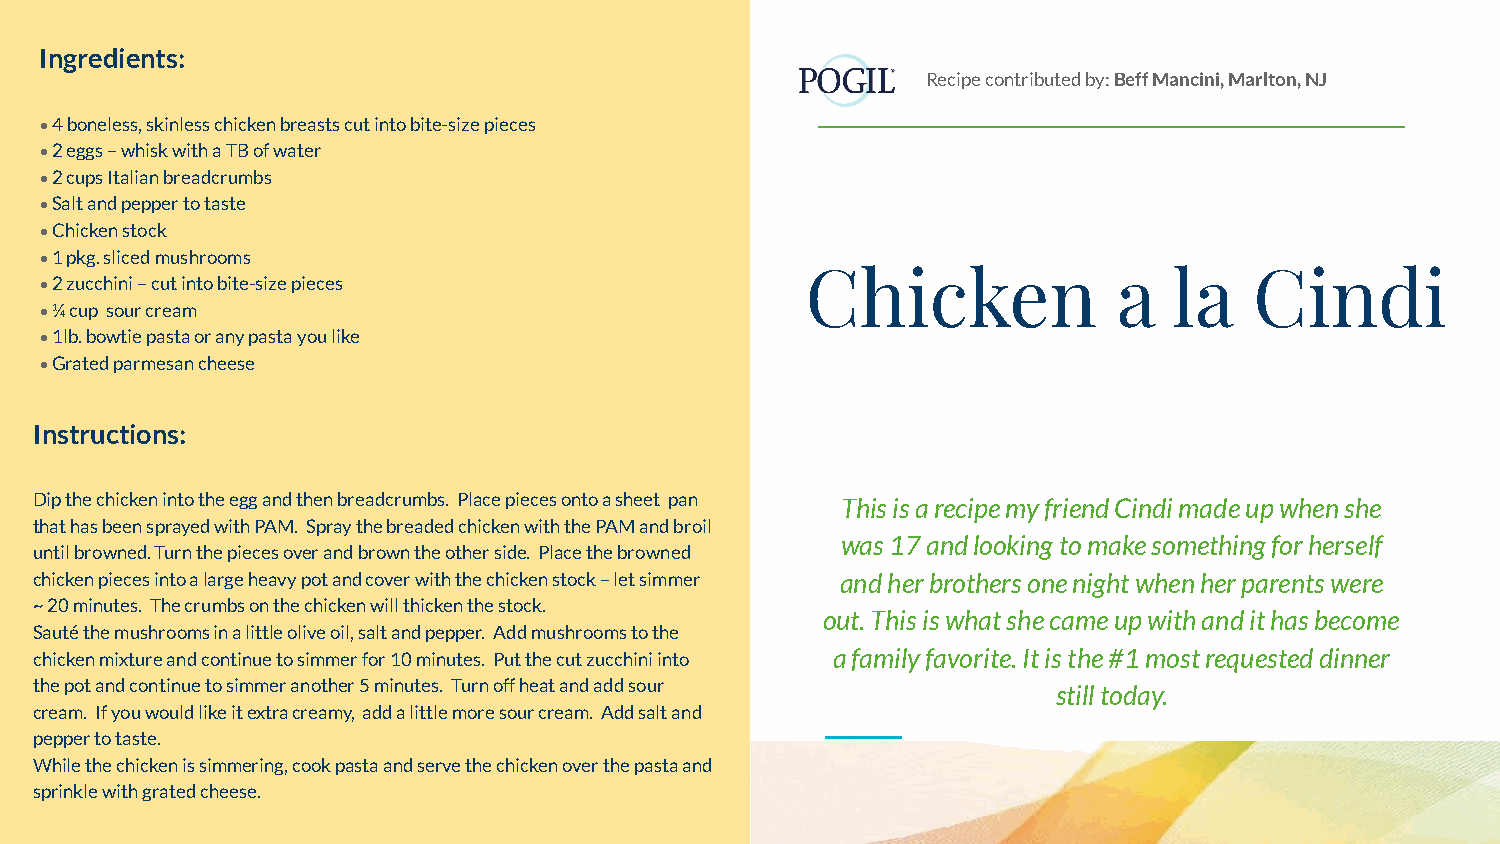
Ingredients:
 Recipe contributed by: Beff Mancini, Marlton, NJ
 • 4 boneless, skinless chicken breasts cut into bite-size pieces
 • 2 eggs – whisk with a TB of water
 • 2 cups Italian breadcrumbs
 • Salt and pepper to taste
 • Chicken stock
 • 1 pkg. sliced mushrooms
 Chicken              a   la   Cindi
 • 2 zucchini – cut into bite-size pieces
 • ¼ cup sour cream
 • 1lb. bowtie pasta or any pasta you like
 • Grated parmesan cheese
 Instructions:
 Dip the chicken into the egg and then breadcrumbs. Place pieces onto a sheet pan This is a recipe my friend Cindi made up when she
 that has been sprayed with PAM. Spray the breaded chicken with the PAM and broil
 was 17 and looking to make something for herself
 until browned. Turn the pieces over and brown the other side. Place the browned
 chicken pieces into a large heavy pot and cover with the chicken stock – let simmer and her brothers one night when her parents were
 ~ 20 minutes. The crumbs on the chicken will thicken the stock.
 out. This is what she came up with and it has become
 Sauté the mushrooms in a little olive oil, salt and pepper. Add mushrooms to the
 chicken mixture and continue to simmer for 10 minutes. Put the cut zucchini into a family favorite. It is the #1 most requested dinner
 the pot and continue to simmer another 5 minutes. Turn off heat and add sour
 still today.
 cream. If you would like it extra creamy, add a little more sour cream. Add salt and
 pepper to taste.
 While the chicken is simmering, cook pasta and serve the chicken over the pasta and
 sprinkle with grated cheese.